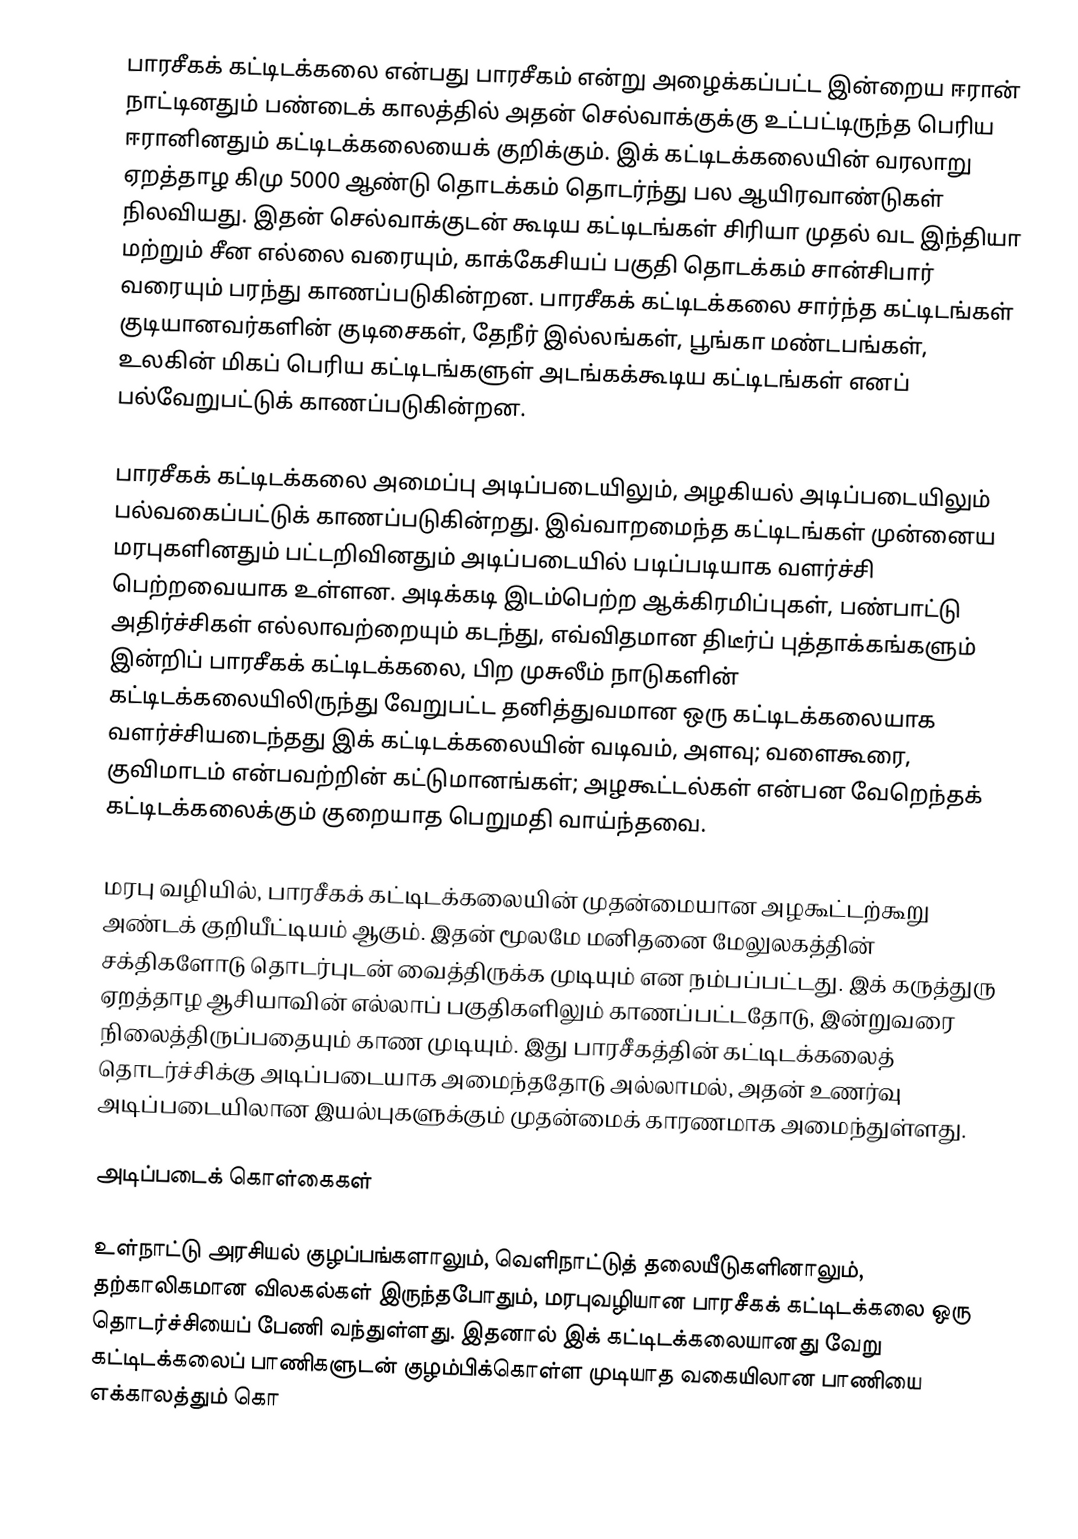
பாரசீகக் கட்டிடக்கலை என்பது பாரசீகம் என்று அழைக்கப்பட்ட இன்றைய ஈரான் நாட்டினதும் பண்டைக் காலத்தில் அதன் செல்வாக்குக்கு உட்பட்டிருந்த பெரிய ஈரானினதும் கட்டிடக்கலையைக் குறிக்கும். இக் கட்டிடக்கலையின் வரலாறு ஏறத்தாழ கிமு 5000 ஆண்டு தொடக்கம் தொடர்ந்து பல ஆயிரவாண்டுகள் நிலவியது. இதன் செல்வாக்குடன் கூடிய கட்டிடங்கள் சிரியா முதல் வட இந்தியா மற்றும் சீன எல்லை வரையும், காக்கேசியப் பகுதி தொடக்கம் சான்சிபார் வரையும் பரந்து காணப்படுகின்றன. பாரசீகக் கட்டிடக்கலை சார்ந்த கட்டிடங்கள் குடியானவர்களின் குடிசைகள், தேநீர் இல்லங்கள், பூங்கா மண்டபங்கள், உலகின் மிகப் பெரிய கட்டிடங்களுள் அடங்கக்கூடிய கட்டிடங்கள் எனப் பல்வேறுபட்டுக் காணப்படுகின்றன.

பாரசீகக் கட்டிடக்கலை அமைப்பு அடிப்படையிலும், அழகியல் அடிப்படையிலும் பல்வகைப்பட்டுக் காணப்படுகின்றது. இவ்வாறமைந்த கட்டிடங்கள் முன்னைய மரபுகளினதும் பட்டறிவினதும் அடிப்படையில் படிப்படியாக வளர்ச்சி பெற்றவையாக உள்ளன. அடிக்கடி இடம்பெற்ற ஆக்கிரமிப்புகள், பண்பாட்டு அதிர்ச்சிகள் எல்லாவற்றையும் கடந்து, எவ்விதமான திடீர்ப் புத்தாக்கங்களும் இன்றிப் பாரசீகக் கட்டிடக்கலை, பிற முசுலீம் நாடுகளின் கட்டிடக்கலையிலிருந்து வேறுபட்ட தனித்துவமான ஒரு கட்டிடக்கலையாக வளர்ச்சியடைந்தது இக் கட்டிடக்கலையின் வடிவம், அளவு; வளைகூரை, குவிமாடம் என்பவற்றின் கட்டுமானங்கள்; அழகூட்டல்கள் என்பன வேறெந்தக் கட்டிடக்கலைக்கும் குறையாத பெறுமதி வாய்ந்தவை.

மரபு வழியில், பாரசீகக் கட்டிடக்கலையின் முதன்மையான அழகூட்டற்கூறு அண்டக் குறியீட்டியம் ஆகும். இதன் மூலமே மனிதனை மேலுலகத்தின் சக்திகளோடு தொடர்புடன் வைத்திருக்க முடியும் என நம்பப்பட்டது. இக் கருத்துரு ஏறத்தாழ ஆசியாவின் எல்லாப் பகுதிகளிலும் காணப்பட்டதோடு, இன்றுவரை நிலைத்திருப்பதையும் காண முடியும். இது பாரசீகத்தின் கட்டிடக்கலைத் தொடர்ச்சிக்கு அடிப்படையாக அமைந்ததோடு அல்லாமல், அதன் உணர்வு அடிப்படையிலான இயல்புகளுக்கும் முதன்மைக் காரணமாக அமைந்துள்ளது.

அடிப்படைக் கொள்கைகள்

உள்நாட்டு அரசியல் குழப்பங்களாலும், வெளிநாட்டுத் தலையீடுகளினாலும், தற்காலிகமான விலகல்கள் இருந்தபோதும், மரபுவழியான பாரசீகக் கட்டிடக்கலை ஒரு தொடர்ச்சியைப் பேணி வந்துள்ளது. இதனால் இக் கட்டிடக்கலையானது வேறு கட்டிடக்கலைப் பாணிகளுடன் குழம்பிக்கொள்ள முடியாத வகையிலான பாணியை எக்காலத்தும் கொ